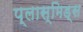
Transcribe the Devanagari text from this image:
प्लास्मिड्स